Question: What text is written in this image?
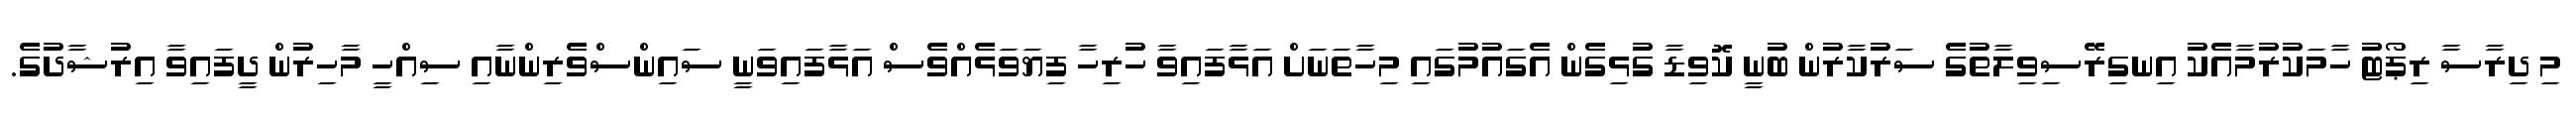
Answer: މި ދިރާސާ ރިޕޯޓުު ހާމަކުރުމާއެކު އިނގިރޭސިވިލާތުގެ ސަރުކާރުން ބުނީ ކޮވިޑާ ގުޅިގެން އެގައުމުގައި މިހާތަނަށް އަޅާފައިވާ ހުރިހާ ފިޔަވަޅެއްވެސް އަޅާފައިވަނީ ސައިންސްވެރިންނާއި ސިއްހީ މާހިރުން ދީފައިވާ އިރުޝާދުގެ.